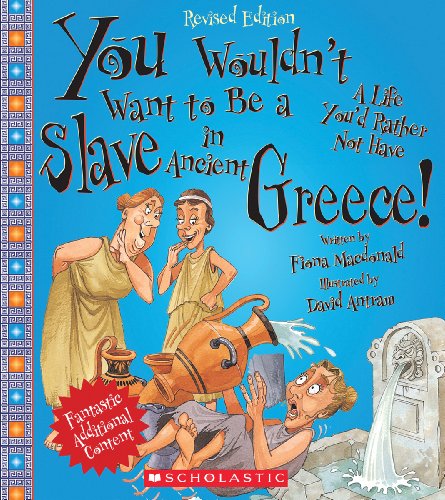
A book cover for You Wouldn't Want to Be a Slave in Ancient Greece! (Revised Edition); Fiona MacDonald; Children's Books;